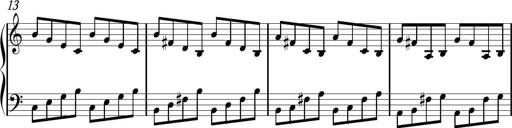
Title: Sonhatina
Composer: Davi Rocha
Key: C major